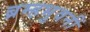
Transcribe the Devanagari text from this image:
ब्रम्हभुवनीं